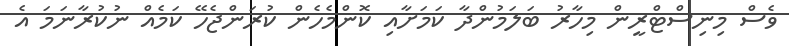
ވެސް މިނިސްޓްރީން މިހާރު ބަލަމުންދާ ކަމަށާއި ކޮންމެހެން ކުރަންޖެހޭ ކަމެއް ނުކުރާނަމަ އެ